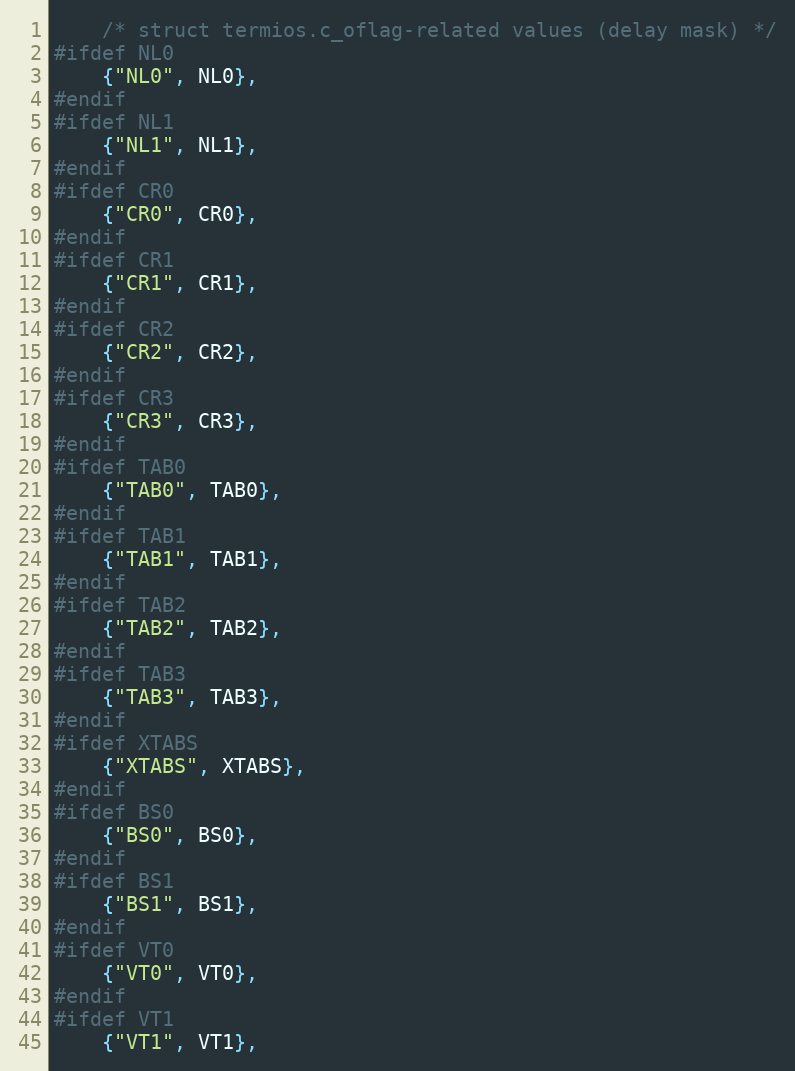
Language: C
    /* struct termios.c_oflag-related values (delay mask) */
#ifdef NL0
    {"NL0", NL0},
#endif
#ifdef NL1
    {"NL1", NL1},
#endif
#ifdef CR0
    {"CR0", CR0},
#endif
#ifdef CR1
    {"CR1", CR1},
#endif
#ifdef CR2
    {"CR2", CR2},
#endif
#ifdef CR3
    {"CR3", CR3},
#endif
#ifdef TAB0
    {"TAB0", TAB0},
#endif
#ifdef TAB1
    {"TAB1", TAB1},
#endif
#ifdef TAB2
    {"TAB2", TAB2},
#endif
#ifdef TAB3
    {"TAB3", TAB3},
#endif
#ifdef XTABS
    {"XTABS", XTABS},
#endif
#ifdef BS0
    {"BS0", BS0},
#endif
#ifdef BS1
    {"BS1", BS1},
#endif
#ifdef VT0
    {"VT0", VT0},
#endif
#ifdef VT1
    {"VT1", VT1},